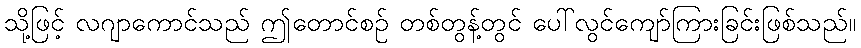
သို့ဖြင့် လဂျာကောင်သည် ဤတောင်စဉ် တစ်တွန့်တွင် ပေါ်လွင်ကျော်ကြားခြင်းဖြစ်သည်။